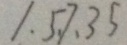
1 . 5 . 7 . 3 5